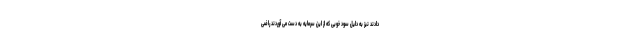
دادند نیز به دلیل سود خوبی که از این سرمایه به دست می آوردند راضی